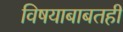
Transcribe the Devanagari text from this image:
विषयाबाबतही